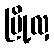
မြို့လှ